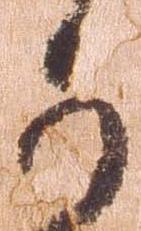
可